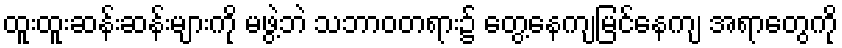
ထူးထူးဆန်းဆန်းများကို မဖွဲ့ဘဲ သဘာဝတရား၌ တွေ့နေကျမြင်နေကျ အရာတွေကို